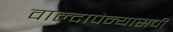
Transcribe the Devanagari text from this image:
वाल्दापेन्यासची